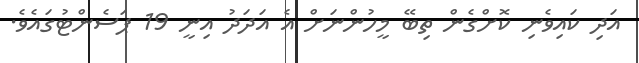
އަދި ކައިވެނި ކޮށްގެން ތިބޭ މީހުންނަށް އެ އަދަދު އިނީ 19 ޕަސެންޓުގައެވެ.